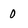
Character: 0